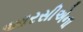
આરસીએના